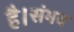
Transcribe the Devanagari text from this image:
है।संभव